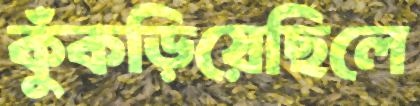
কুঁকড়িয়েছিলে